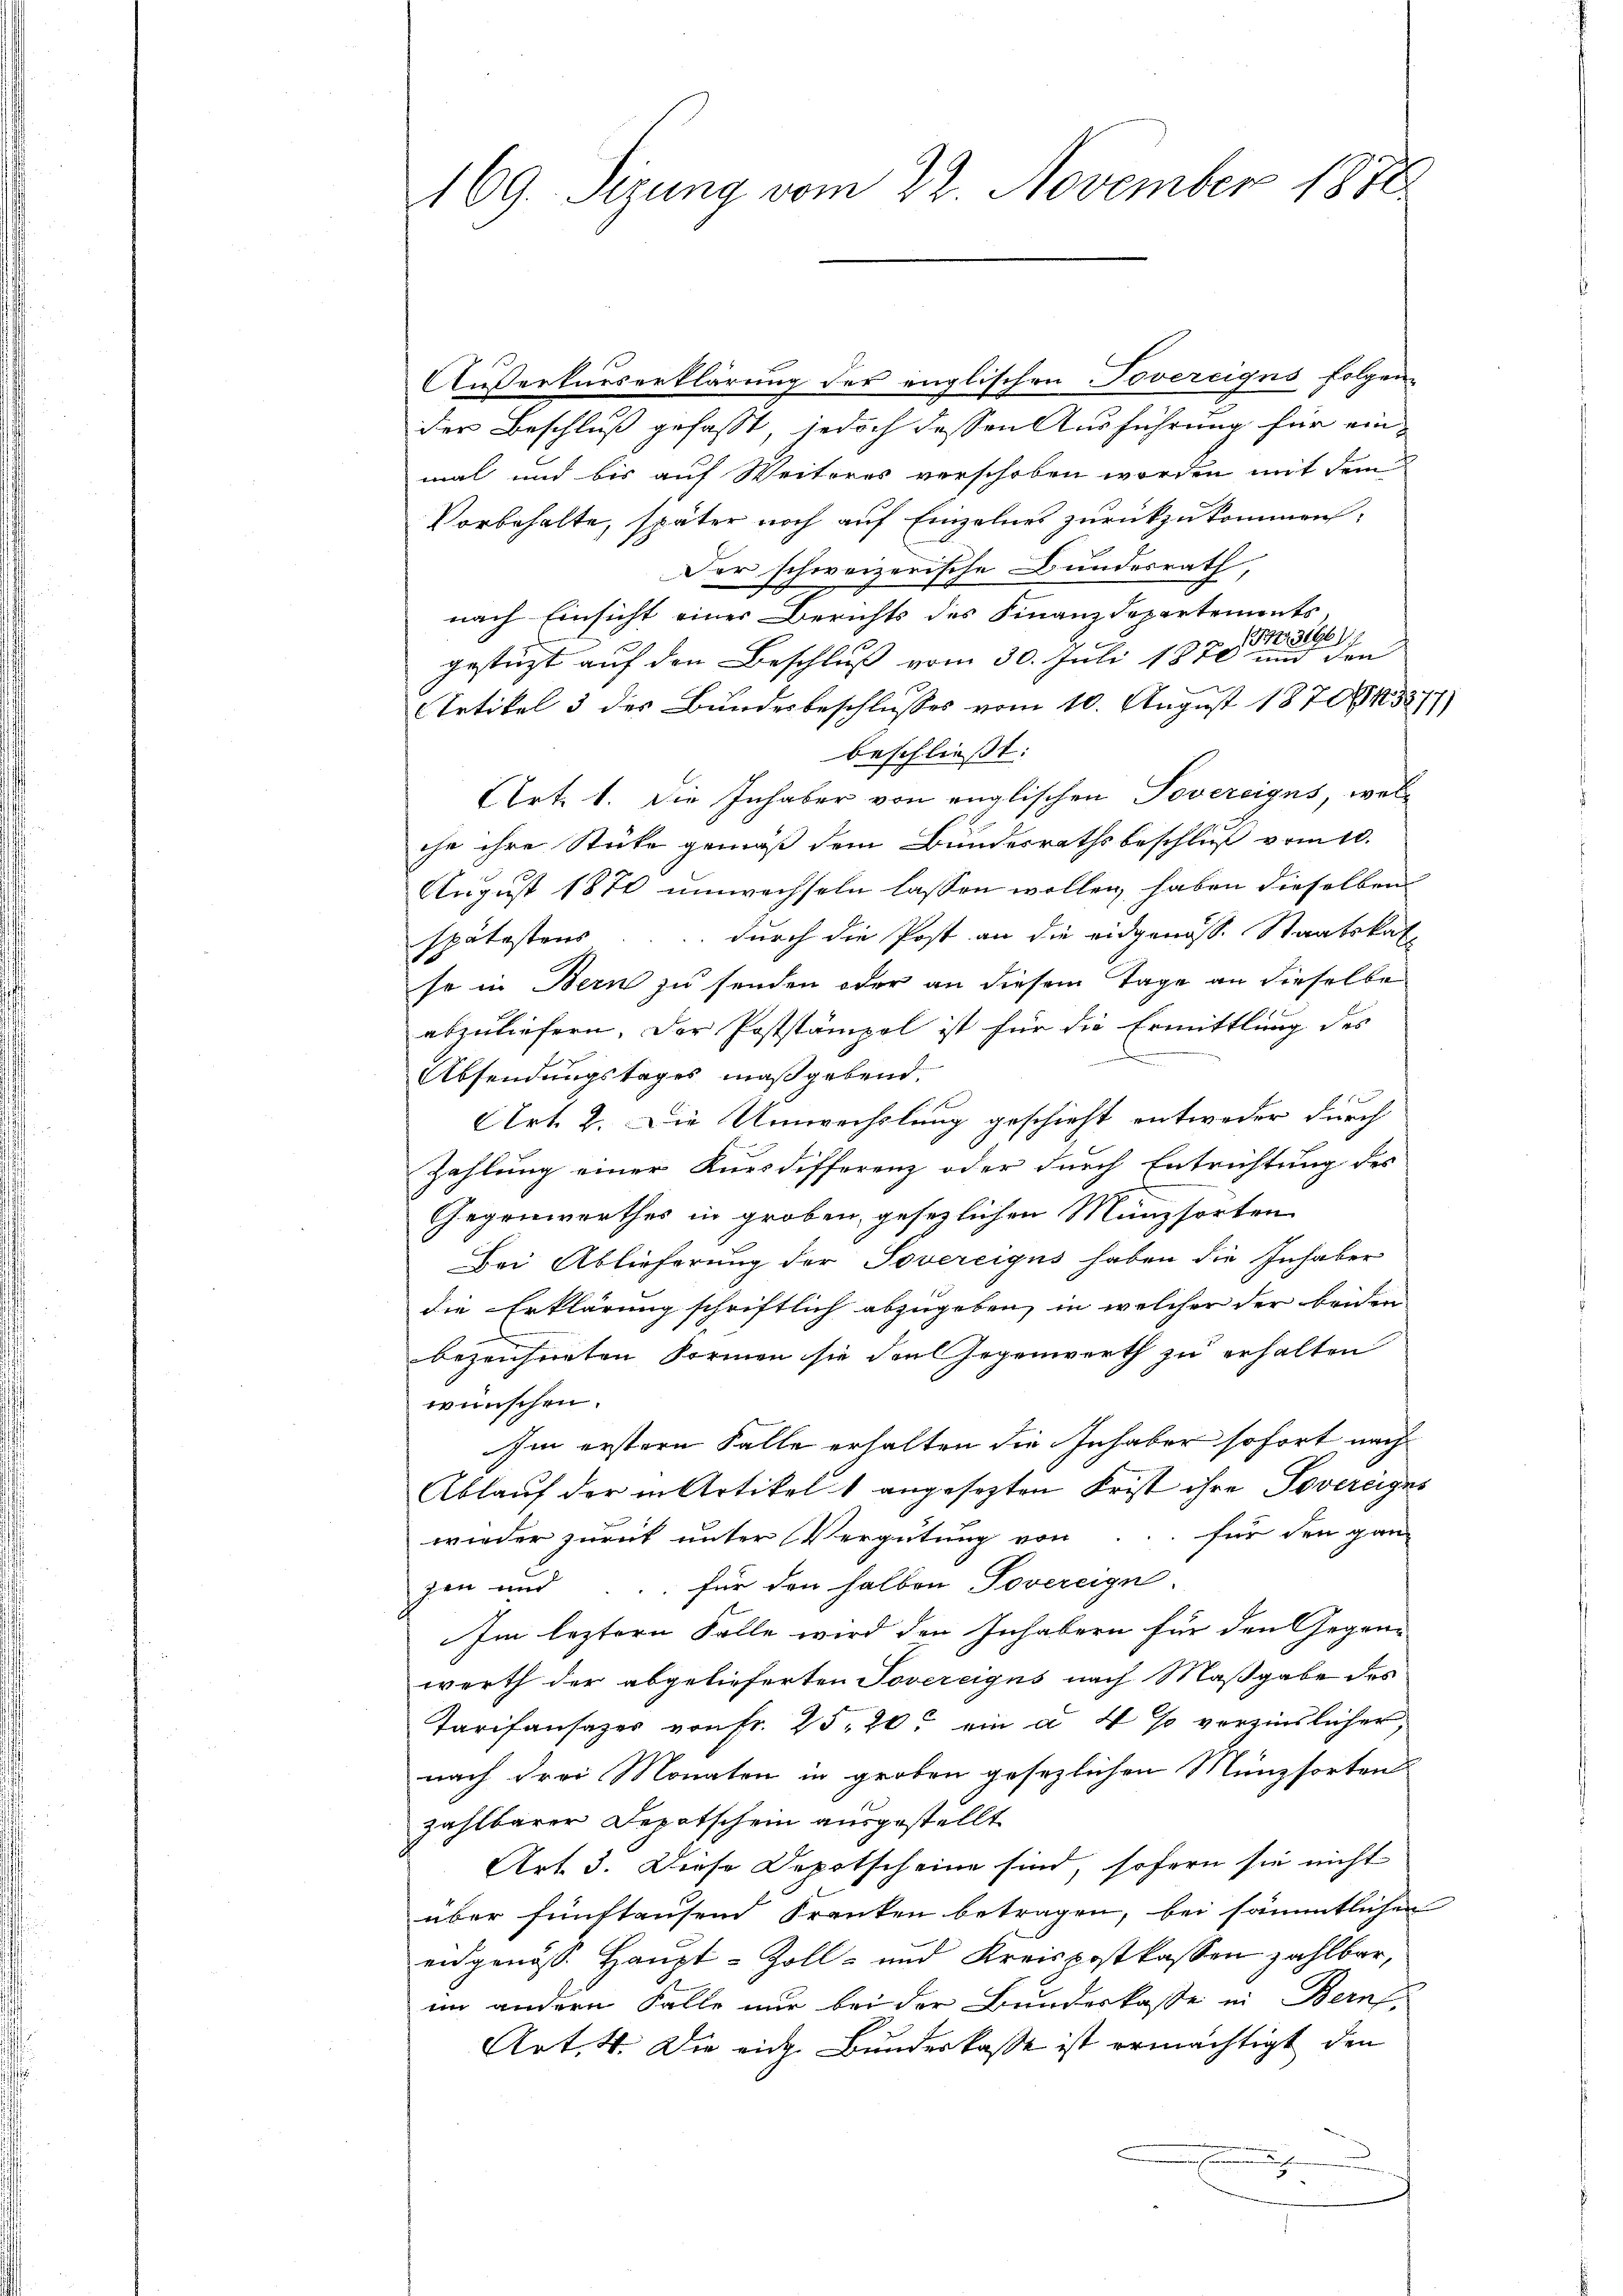
Außerkurserklärung der englischen Tovereigus folgender Beschluß gefasst, jedoch dessen Ausführung für einmal und bis auf Weiteres verschoben worden mit dem
Vorbehalte, später noch auf Einzelnes zurückzukommen,
Der schweizerische Bundesrath,
nach Einsicht einer Berichts des Finanzdepartements
G. 3696/9
gestüzt auf den Beschluß vom 30. Juli 1870 und den
Artikel 3 der Bundesbeschlusses vom 10. August 1870/45877)
beschliesst:
Art. 1. Die Inhaber von englischen Tovereigns, welche ihre Stücke gemäß dem Bundesrathsbeschluß vom 10.
August 1870 umwechseln lassen wollen, haben dieselben
spätestens durch die Post an die eidgenöss. Staatskal
se in Bern zu senden oder an diesem Tage an dieselbe
abzuliefern. Der Poststämpel ist für die Ermittlung des
.
Absendungstages maßgebend.

Art. 2. Die Umwechslung geschieht entweder durch
Zahlung einer Kursdifferenz oder durch Entrichtung des
Gegenwerthes in groben, gesezlichen Münzsorten
Bei Ablieferung der Sovereigus haben die Inhaber
die Erklärung schriftlich abzugeben, in welcher der beiden
bezeichneten Formen sie viel Gegenwarth zu erhalten
wünschen.
Im erstern Falle erhalten die Inhaber sofort nach
Ablauf der in Artikel 1 angesezten Frist ihre Sovereigns
wieder zurück unter Vergütung von für den ganz
. für den halben Tovereign
zen und
Im leztern Falle wird den Inhabern für den Gegen-
werth der abgelieferten Tovereigus nach Maßgabe des
Tarifansazer von fr. 25. 20. ein a 4 % verzinslicher,
nach drei Monaten in groben gesezlichen Münzsorten
zahlbarer Depotschein ausgestellt
Art. 3. Diese Depotscheine sind, sofern sie nicht
über fünftausend Kranken betragen, bei sämmtlichen
eidgenoss. Haupt-Zoll- und Kreispostkassen zahlbar,
im andern Falle nur bei der Bundeskasse in Bern,
Art. 4. Die eid. Bundeskasse ist ermächtigt den
2

469. Sizung vom 22. November 1878